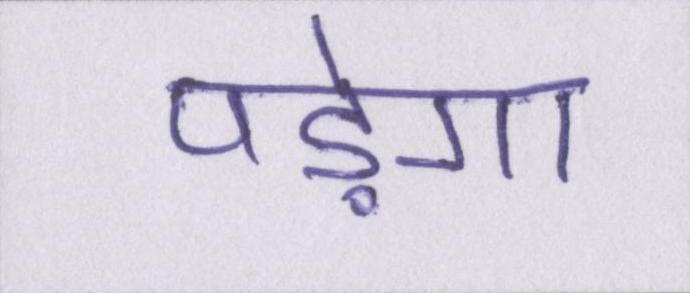
पड़ेगा